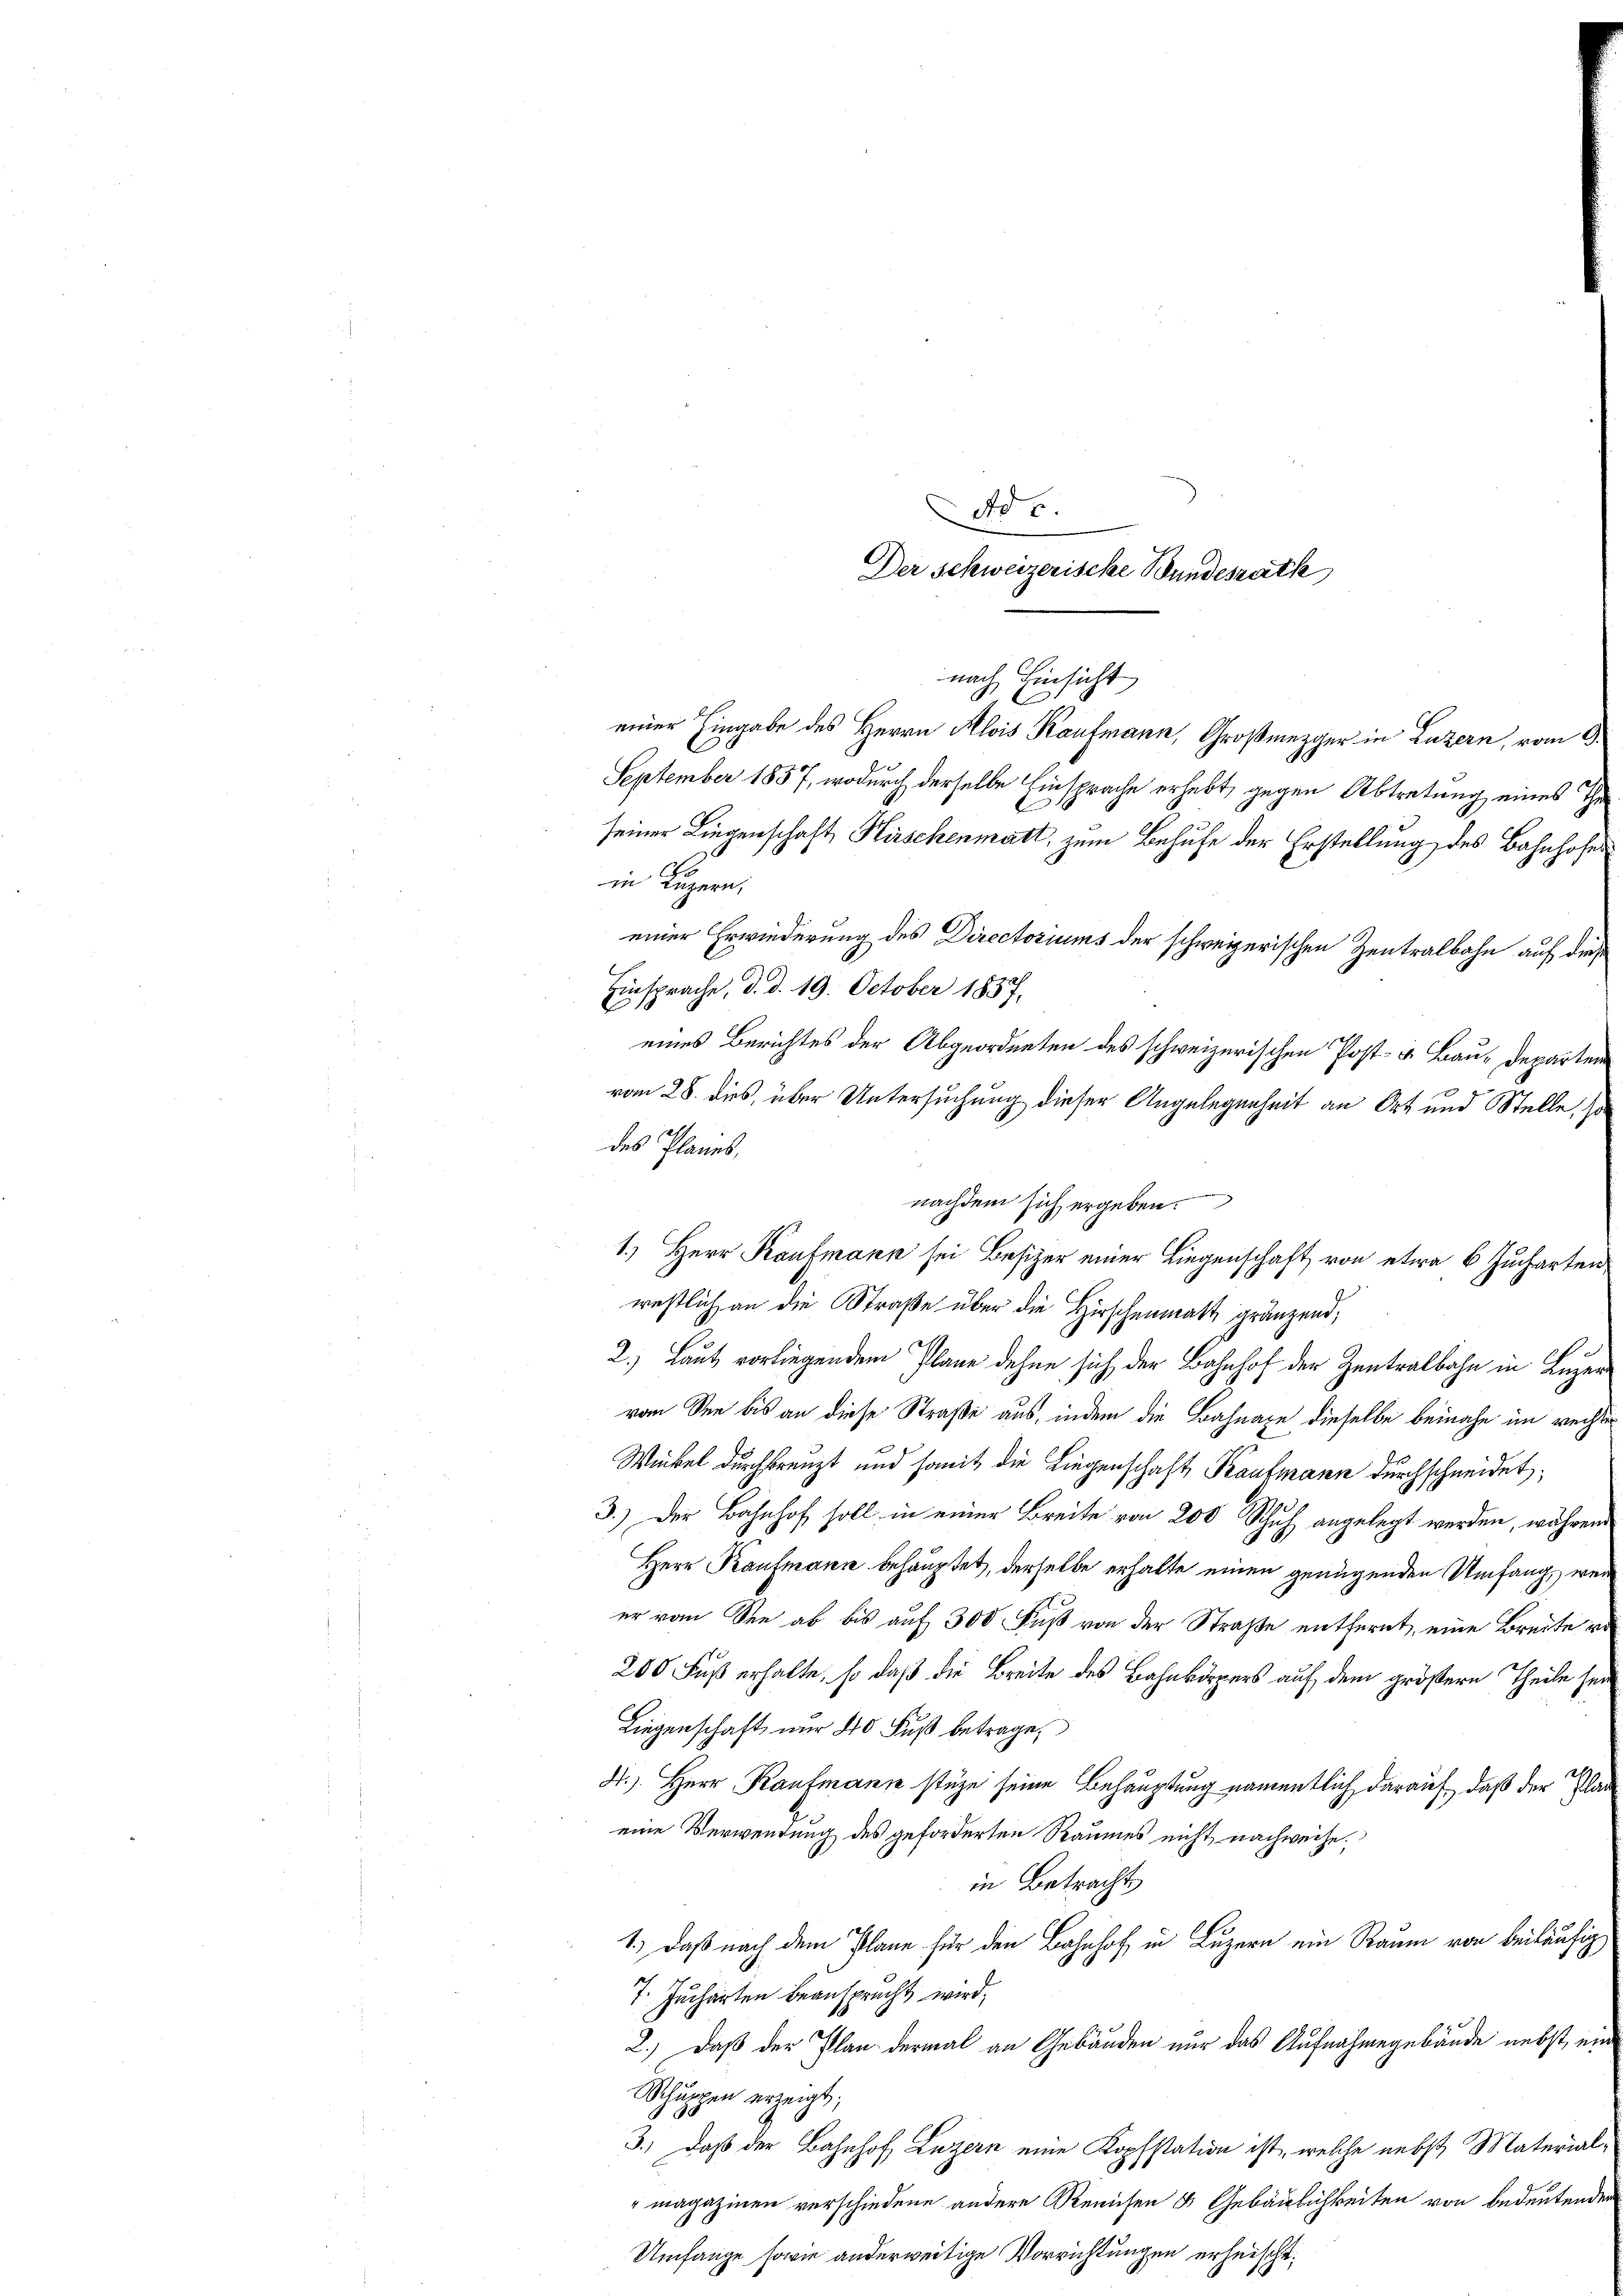
Ad c.

Der Schweizerische Bundesrath
nach Einsicht

einer Eingabe des Herrn Alois Kaufmann, Großmezger in Luzern, vom 9.
September 1857, wodurch derselbe Einsprache erhebt, gegen Abtretung eines The
seiner Liegenschaft, Kirschenmatt, zum Behufe der Erstellung des Bahnhofer
E
in Luzern,
einer Erwiederung des Directoriums der schweizerischen Zentralbahn auf diese
Einsprache, d. d. 19. October 1837.
eines Berichtes der Abgeordneten des schweizerischen Post- u Bau-Departen
vom 28. dies, über Untersuchung dieser Angelegenheit an Ort und Stelle, so
des Planes,
nachdem sich ergeben:
1.) Herr Kaufmann sei Besizer einer Liegenschaft von etwa 6 Jucharten,
westlich an die Straße über die Hirschenmatt gränzend,

2.) Laut vorliegendem Plane dehne sich der Bahnhof der Zentralbahn in Luzer
von See bis an diese Straße aus, indem die Bahnare dieselbe beinahe im recht
u
Winkel durchkreuzt und somit die Liegenschaft Taufmann durchschneidet;
3.) Der Bahnhof soll in einer Breite von 200 Schuh angelegt werden, während
Herr Kaufmann behauptet, derselbe erhalte einen genügenden Umfang, wei
er vom See ab bis auf 300 Fuß von der Straße entfernt, eine Breite vo
200 Fuß erhalte, so daß die Breite des Bahnkörpers auf dem größere Theile her¬
Liegenschaft nur 40 Fuß betrage,
4.) Herr Kaufmann stüze seine Behauptung namentlich darauf, daß der Plan
eine Verwendung des geforderten Raumes nicht nachweise.
in Betracht
1.) Daß nach dem Plane für den Bahnhof in Luzern ein Raum von beiläufig
7. Jucharten beansprucht wird,
2.) Daß der Plan dermal an Gebäuden nur das Aufnahmegebäude nebst, ein
Schŭppen erzeigt,
3.) Daß der Bahnhof Luzern eine Kopfstation ist, welche nebst Materialmagazinen verschiedene andere Reichen & Gebäulichkeiten von bedeutende
Umfange sowie anderweitige Vorrichtungen erleischt.
.
.